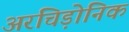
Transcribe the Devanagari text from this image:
अरचिड़ोनिक